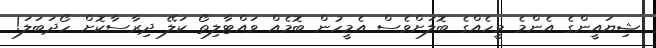
ޝިޔައީންގެ އެންމެ މީހެއްގެ ބޮލަށްވެސް އެމީހުން ބޮމެއް ވައްޓާލިތޯ ކަލޭ ދިރާސާކޮށް ހޯދަބަލަ!